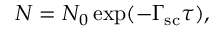
N = N _ { 0 } \exp ( - \Gamma _ { \mathrm { s c } } \tau ) ,